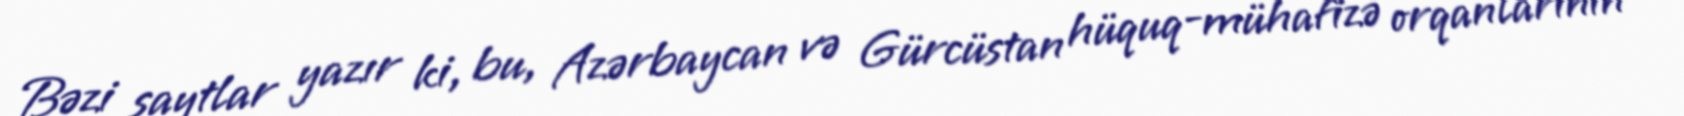
Bəzi saytlar yazır ki, bu, Azərbaycan və Gürcüstan hüquq-mühafizə orqanlarının